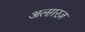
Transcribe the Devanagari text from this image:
अलग़रज़